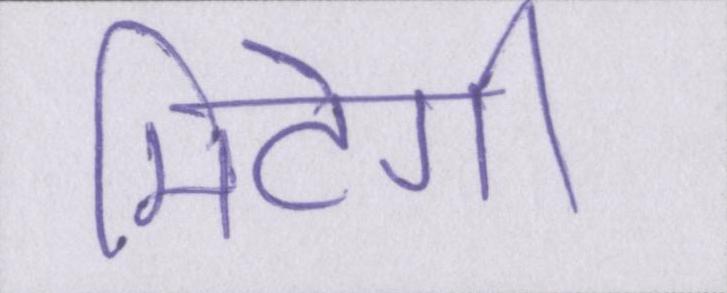
मिटेगी